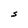
Character: S